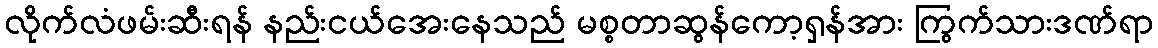
လိုက်လံဖမ်းဆီးရန် နည်းငယ်အေးနေသည် မစ္စတာဆွန်ကော့ရှန်အား ကြွက်သားဒဏ်ရာ